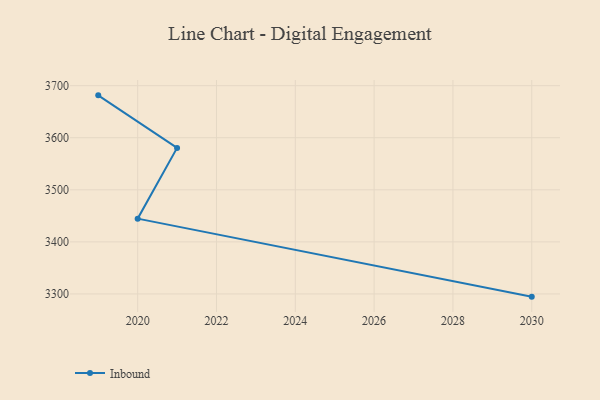
{"axis": {"x": "Year", "y": "Bounce Rate (%)"}, "legend": ["Inbound"], "data": [{"x": "2030", "y": 3294.8, "type": "Inbound"}, {"x": "2020", "y": 3444.6, "type": "Inbound"}, {"x": "2021", "y": 3580.5, "type": "Inbound"}, {"x": "2019", "y": 3681.4, "type": "Inbound"}]}